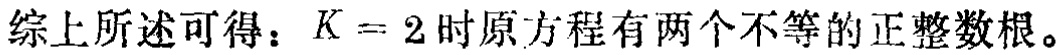
综上所述可得：\(K = 2\)时原方程有两个不等的正整数根。